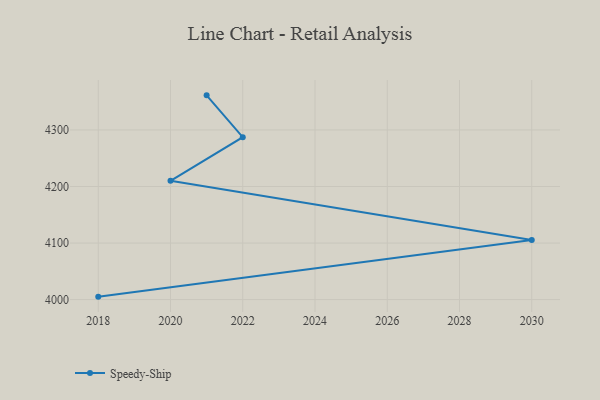
{"axis": {"x": "Year", "y": "Conversion Rate (%)"}, "legend": ["Speedy-Ship"], "data": [{"x": "2021", "y": 4361.2, "type": "Speedy-Ship"}, {"x": "2022", "y": 4287.3, "type": "Speedy-Ship"}, {"x": "2020", "y": 4210.1, "type": "Speedy-Ship"}, {"x": "2030", "y": 4105.3, "type": "Speedy-Ship"}, {"x": "2018", "y": 4005.2, "type": "Speedy-Ship"}]}